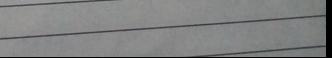
Signature authenticity: genuine